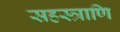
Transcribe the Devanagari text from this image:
सहस्त्राणि